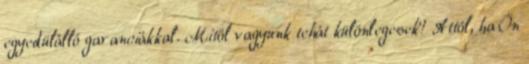
egyedülálló garanciákkal. Mitől vagyunk tehát különlegesek? Attól, ha Ön